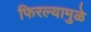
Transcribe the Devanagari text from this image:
फिरल्यामुळे